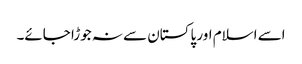
اسے اسلام اور پاکستان سے نہ جوڑا جائے۔